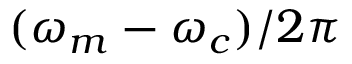
( \omega _ { m } - \omega _ { c } ) / 2 \pi